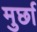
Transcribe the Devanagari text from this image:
मुर्छा